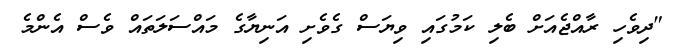
"ދިވެހި ރާއްޖެއަށް ބެލި ކަމުގައި ވިޔަސް ގެވެށި އަނިޔާގެ މައްސަލަތައް ވެސް އެންމެ